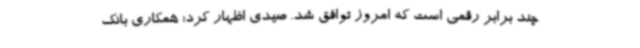
چند برابر رقمی است که امروز توافق شد. صیدی اظهار کرد: همکاری بانک